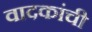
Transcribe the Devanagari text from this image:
वादकांची